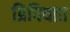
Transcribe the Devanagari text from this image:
प्रिपियात